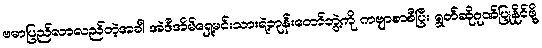
ဗမာပြည်လာလည်တဲ့အခါ အဲဒီအိမ်ရှေ့မင်းသားရဲ့ဘုန်းတော်ဘွဲ့ကို ကဗျာစာစီပြီး ရွတ်ဆိုဂုဏ်ပြုနိုင်ဖို့